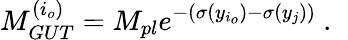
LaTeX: M_{GUT}^{(i_{o})}=M_{pl}e^{-(\sigma(y_{i_{o}})-\sigma(y_{j}))}~.~\,